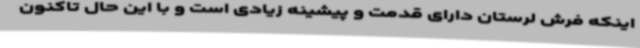
اینکه فرش لرستان دارای قدمت و پیشینه زیادی است و با این حال تاکنون